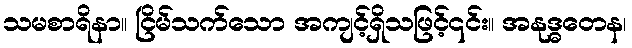
သမစာရိနာ။ ငြိမ်သက်သော အကျင့်ရှိသဖြင့်၎င်း။ အနုဒ္ဓတေန၊